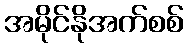
အမိုင်နိုအက်စစ်